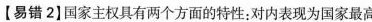
【易错2】国家主权具有两个方面的特性：对内表现为国家最高